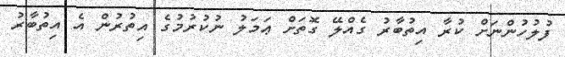
ފުލުހުންނަށް ކުރާ އިތުބާރު ގެއްލޭ ގޮތަށް ޢަމަލު ނުކުރުމުގެ އިތުރުން އެ އިތުބާރު